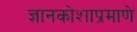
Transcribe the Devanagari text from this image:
ज्ञानकोशाप्रमाणे